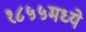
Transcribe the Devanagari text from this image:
१८५५मध्ये